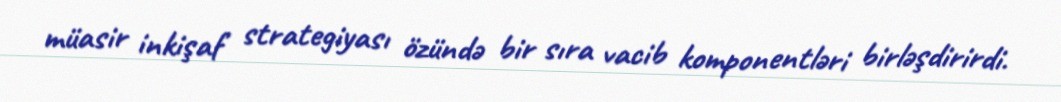
müasir inkişaf strategiyası özündə bir sıra vacib komponentləri birləşdirirdi.